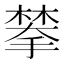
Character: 𫽷